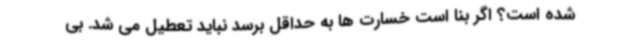
شده است؟ اگر بنا است خسارت ها به حداقل برسد نباید تعطیل می شد. بی